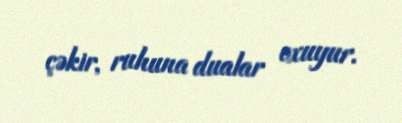
çəkir, ruhuna dualar oxuyur.